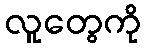
လူတွေကို